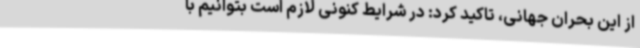
از این بحران جهانی، تاکید کرد: در شرایط کنونی لازم است بتوانیم با